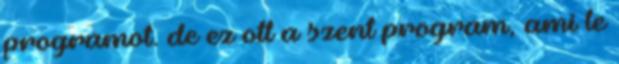
programot. de ez ott a szent program, ami le